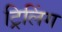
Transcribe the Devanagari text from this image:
ट्रिलिंग